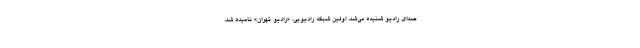
صدای رادیو شنیده می‌شد، اولین شبکه رادیویی، «رادیو تهران» نامیده شد.